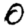
Digit: 0